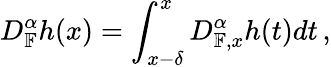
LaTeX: D_{\mathbb{F}}^{\alpha}h(x)=\int_{x-\delta}^{x}D_{\mathbb{F},x}^{\alpha}h(t)dt\, ,